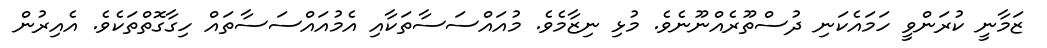
ޒަމާނީ ކުރަންވީ ހަމައެކަނި ދުސްތޫރެއްނޫނެވެ. މުޅި ނިޒާމެވެ. މުއައްސަސާތަކާއި އެމުއައްސަސާތައް ހިގާގޮތްތަކެވެ. އެއިރުން